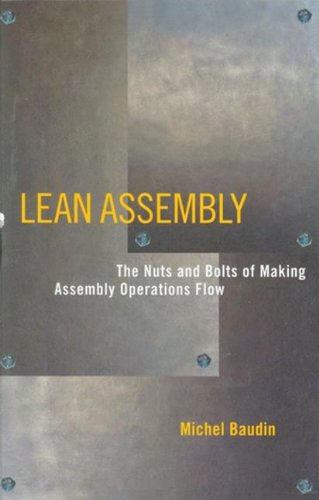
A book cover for Lean Assembly: The Nuts and Bolts of Making Assembly Operations Flow; Michel Baudin; Business & Money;